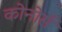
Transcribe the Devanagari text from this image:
कोनोर्स